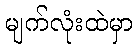
မျက်လုံးထဲမှာ